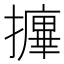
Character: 𰔷